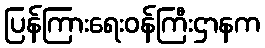
ပြန်ကြားရေးဝန်ကြီးဌာနက